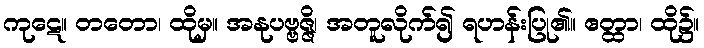
ကုဋေ။ တတော၊ ထိုမှ။ အနုပဗ္ဗဇ္ဇိ၊ အတူလိုက်၍ ရဟန်းပြု၏။ ဧတ္ထာ၊ ထို၌။